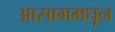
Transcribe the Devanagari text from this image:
आसाममधून